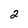
Character: 2